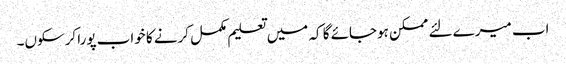
اب میرے لئے ممکن ہوجائے گا کہ میں تعلیم مکمل کرنے کا خواب پورا کرسکوں۔